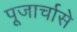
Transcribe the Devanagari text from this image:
पूजार्चासे